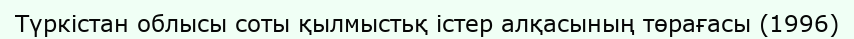
Түркістан облысы соты қылмыстьқ істер алқасының төрағасы (1996)